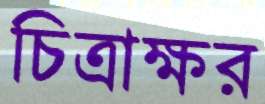
চিত্রাক্ষর